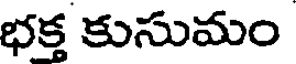
భక్త కుసుమం